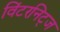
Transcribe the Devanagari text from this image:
विंटरनिट्ज